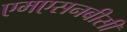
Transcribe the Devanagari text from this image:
एमएसनबीसी